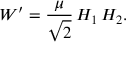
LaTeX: W ^ { \prime } = \frac { \mu } { \sqrt { 2 } } \, H _ { 1 } \, H _ { 2 } .